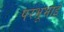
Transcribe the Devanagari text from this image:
परभूभाई